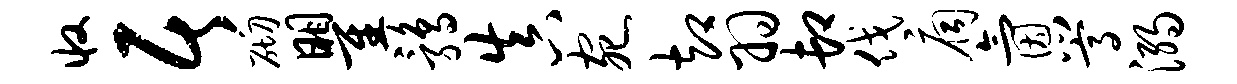
收居砌瞿鹑真宛却羽卸伐扃氤嵩溺